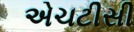
એચટીસી